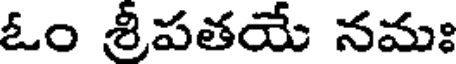
ఓం శ్రీపతయే నమః